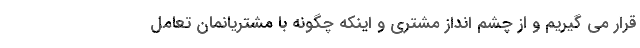
قرار می گیریم و از چشم انداز مشتری و اینکه چگونه با مشتریانمان تعامل